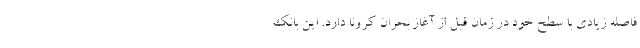
فاصله زیادی با سطح خود در زمان قبل از آغاز بحران کرونا دارد. این بانک